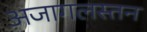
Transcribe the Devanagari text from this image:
अजागलस्तन